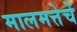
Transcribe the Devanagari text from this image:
मालमत्तेचें